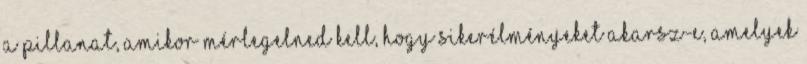
a pillanat, amikor mérlegelned kell, hogy sikerélményeket akarsz-e, amelyek